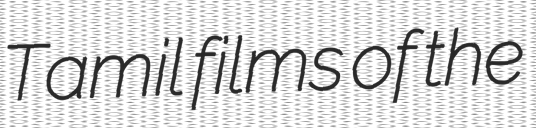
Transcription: Tamil films of the